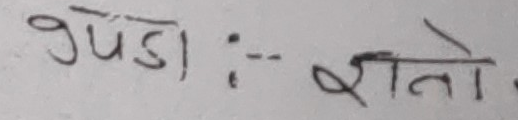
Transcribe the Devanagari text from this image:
भेष्डी :- ज्ञातो ।